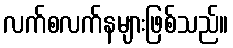
လက်စလက်နများဖြစ်သည်။